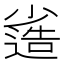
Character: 𡮯